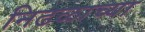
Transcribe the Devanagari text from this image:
निढळाच्या